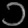
Digit: ၁